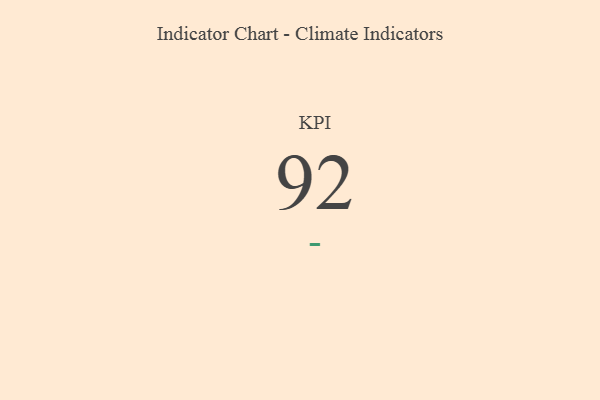
{"axis": {"x": "KPI", "y": "Value"}, "legend": [""], "data": [{"x": "KPI", "y": 92, "type": ""}]}